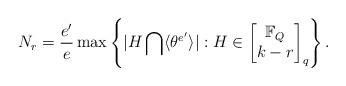
LaTeX: \begin{align*} N_r=\frac{e'}{e}\max\left\{|H\bigcap\langle\theta^{e'}\rangle|: H\in \begin{bmatrix}\mathbb{F}_Q\\k-r\end{bmatrix}_q\right\}.\end{align*}